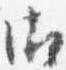
御